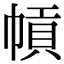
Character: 幊